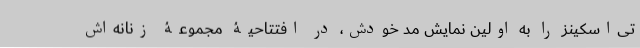
تی‌اسکینز را به اولین نمایش‌ مُد‌ خودش، در افتتاحیۀ مجموعۀ زنانه‌اش